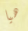
هيا